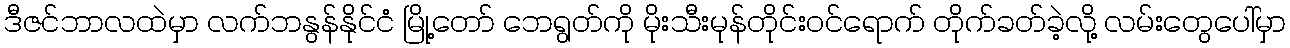
ဒီဇင်ဘာလထဲမှာ လက်ဘနွန်နိုင်ငံ မြို့တော် ဘေရွတ်ကို မိုးသီးမုန်တိုင်းဝင်ရောက် တိုက်ခတ်ခဲ့လို့ လမ်းတွေပေါ်မှာ